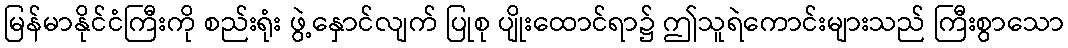
မြန်မာနိုင်ငံကြီးကို စည်းရုံး ဖွဲ့နှောင်လျက် ပြုစု ပျိုးထောင်ရာ၌ ဤသူရဲကောင်းများသည် ကြီးစွာသော